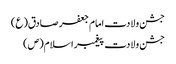
جشن ولادت امام جعفر صادق(ع)
جشن ولادت پیغمبر اسلام(ص)